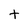
Character: t